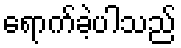
ရောက်ခဲ့ပါသည်